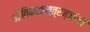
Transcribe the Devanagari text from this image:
भौतिकशास्त्रज्ञांनी